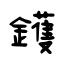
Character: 鑊